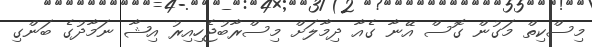
މިސްކިތް މަގުން ގޮސް އޭނާ ގެއާ ދިމާލަށް މިސްރާބުޖެހިއިރު އިޝާ ނަމާދުގެ ބަންގި